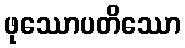
ဖုဿောပတိဿော